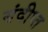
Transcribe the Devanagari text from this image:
संदीप्त